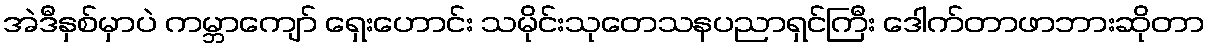
အဲဒီနှစ်မှာပဲ ကမ္ဘာကျော် ရှေးဟောင်း သမိုင်းသုတေသနပညာရှင်ကြီး ဒေါက်တာဖာဘားဆိုတာ